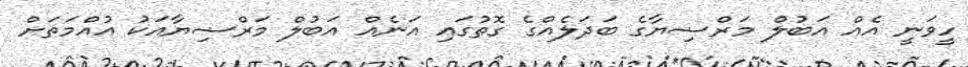
ހީވަނީ އެއް އަބުލް މަރްޟިޔާގެ ބަދަލެއްގެ ގޮތުގައި އަނެއް އަބުލް މަރްޟިޔާއަކު އުއްމަތަށް